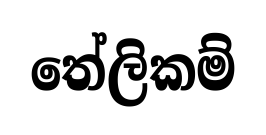
තේලිකම්